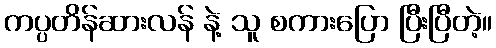
ကပ္ပတိန်ဆားလန် နဲ့ သူ စကားပြော ပြီးပြီတဲ့။